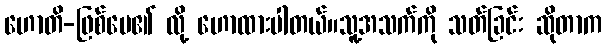
ဟောတိ-ဖြစ်ပေ၏ လို့ ဟောထားပါတယ်။သူ့အသက်ကို သတ်ခြင်း ဆိုတာက